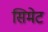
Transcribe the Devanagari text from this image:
सिमेट